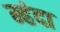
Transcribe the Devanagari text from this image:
म्हंदा